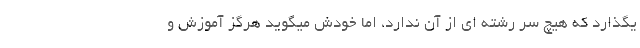
یگذارد که هیچ سر رشته ای از آن ندارد، اما خودش میگوید هرگز آموزش و